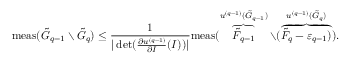
\mathrm { m e a s } ( \tilde { G } _ { q - 1 } \setminus \tilde { G } _ { q } ) \leq \frac { 1 } { | \operatorname* { d e t } ( \frac { \partial u ^ { ( q - 1 ) } } { \partial I } ( I ) ) | } \mathrm { m e a s } ( \overbrace { \tilde { F } _ { q - 1 } } ^ { u ^ { ( q - 1 ) } ( \tilde { G } _ { q - 1 } ) } \setminus ( \overbrace { \tilde { F } _ { q } - \varepsilon _ { q - 1 } ) } ^ { u ^ { ( q - 1 ) } ( \tilde { G } _ { q } ) } ) .